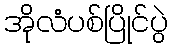
အိုလံပစ်ပြိုင်ပွဲ